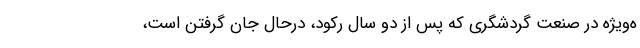
ه‌ویژه در صنعت گردشگری که پس از دو سال رکود، درحال جان گرفتن است،